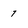
Character: 7